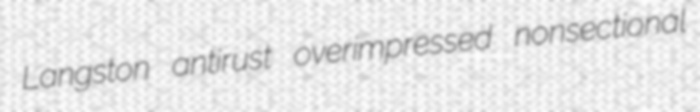
Langston antirust overimpressed nonsectional